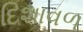
દિશાવળ